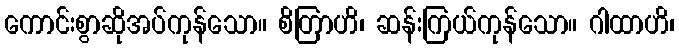
ကောင်းစွာဆိုအပ်ကုန်သော။ စိတြာဟိ၊ ဆန်းကြယ်ကုန်သော။ ဂါထာဟိ၊